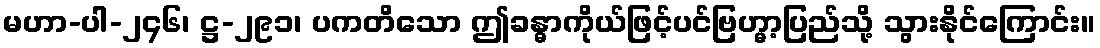
မဟာ-ပါ-၂၄၆၊ ဋ္ဌ-၂၉၁၊ ပကတိသော ဤခန္ဓာကိုယ်ဖြင့်ပင်ဗြဟ္မာ့ပြည်သို့ သွားနိုင်ကြောင်း။